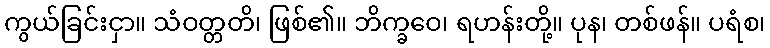
ကွယ်ခြင်းငှာ။ သံဝတ္တတိ၊ ဖြစ်၏။ ဘိက္ခဝေ၊ ရဟန်းတို့။ ပုန၊ တစ်ဖန်။ ပရံစ၊